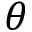
\theta